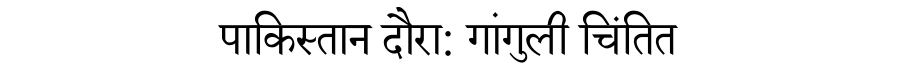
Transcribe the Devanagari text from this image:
पाकिस्तान दौरा: गांगुली चिंतित